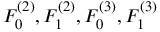
F _ { 0 } ^ { ( 2 ) } , F _ { 1 } ^ { ( 2 ) } , F _ { 0 } ^ { ( 3 ) } , F _ { 1 } ^ { ( 3 ) }